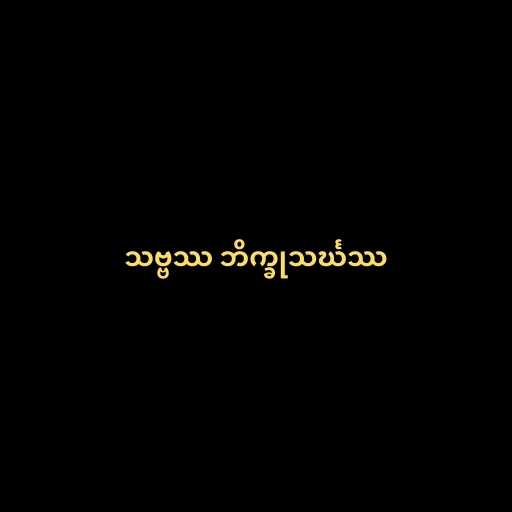
သဗ္ဗဿ ဘိက္ခုသင်္ဃဿ